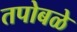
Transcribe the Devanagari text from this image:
तपोबळे